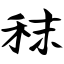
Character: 秣